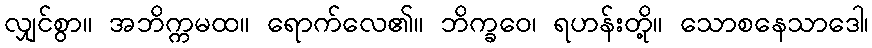
လျှင်စွာ။ အဘိက္ကမထ။ ရောက်လေ၏။ ဘိက္ခဝေ၊ ရဟန်းတို့။ သောစနေသာဒေါ၊